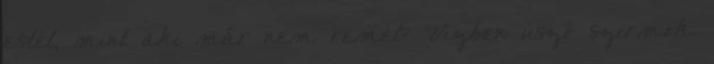
estél, mint aki már nem remél? Vízben úszó szirmok.